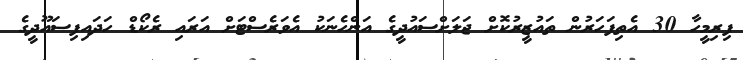
ފިރިމީހާ 30 އެތިފަހަރުން ތައުޒީރުކޮށް ޖަލަށްސައުދީގެ އަންހެނަކު އެވަރެސްޓަށް އަރައި ރެކޯޑް ހަދައިފިސައޫދީގެ